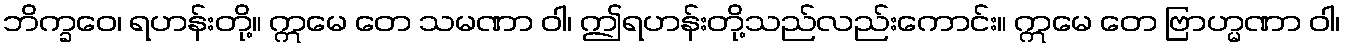
ဘိက္ခဝေ၊ ရဟန်းတို့။ ဣမေ တေ သမဏာ ဝါ၊ ဤရဟန်းတို့သည်လည်းကောင်း။ ဣမေ တေ ဗြာဟ္မဏာ ဝါ၊